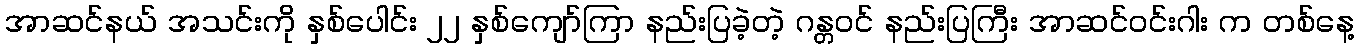
အာဆင်နယ် အသင်းကို နှစ်ပေါင်း ၂၂ နှစ်ကျော်ကြာ နည်းပြခဲ့တဲ့ ဂန္တဝင် နည်းပြကြီး အာဆင်ဝင်းဂါး က တစ်နေ့